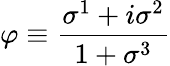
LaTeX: \varphi\equiv\frac{\sigma^{1}+i\sigma^{2}}{1+\sigma^{3}}